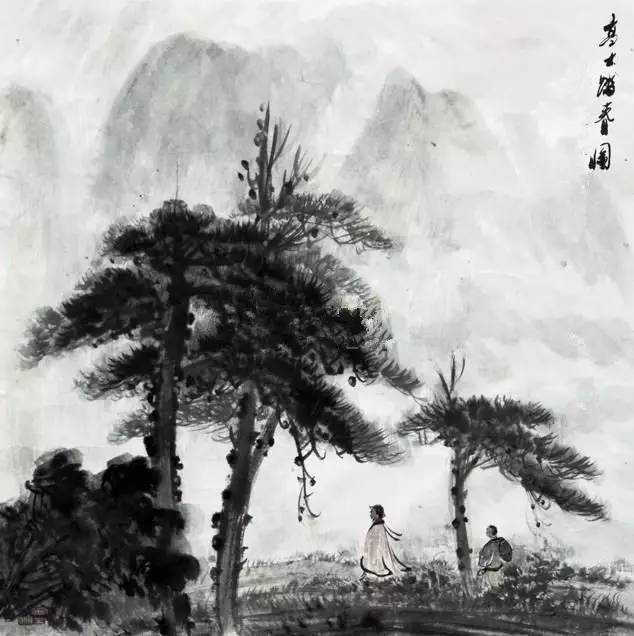
马骄泥软锦连乾，香袖半笼鞭。